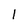
Character: l